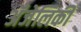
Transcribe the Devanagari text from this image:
अँजेलिकी